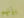
بإنهم